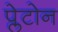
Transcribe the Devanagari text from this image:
प्लेटोन